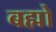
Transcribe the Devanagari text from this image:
बह्मो